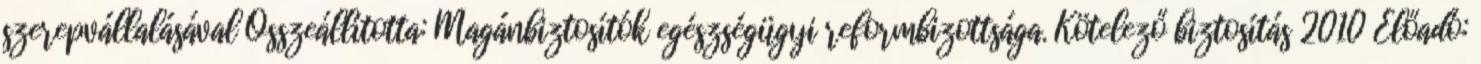
szerepvállalásával Összeállította: Magánbiztosítók egészségügyi reformbizottsága. Kötelező biztosítás 2010 Előadó: